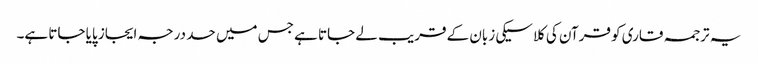
یہ ترجمہ قاری کو قرآن کی کلاسیکی زبان کے قریب لے جاتا ہے جس میں حد درجہ ایجاز پایا جاتا ہے۔